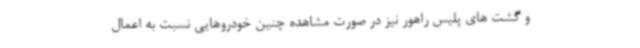
و گشت های پلیس راهور نیز در صورت مشاهده چنین خودروهایی نسبت به اعمال